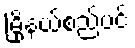
မြို့နယ်စည်ပင်